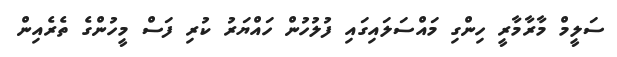
ސަލީމް މާރާމާރީ ހިންގި މައްސަލައިގައި ފުލުހުން ހައްޔަރު ކުރި ފަސް މީހުންގެ ތެރެއިން